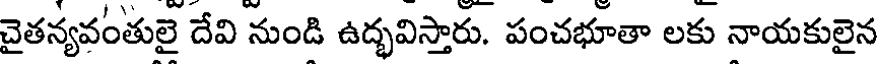
చైతన్యవంతులై దేవి నుండి ఉద్భవిస్తారు. పంచభూతా లకు నాయకులైన